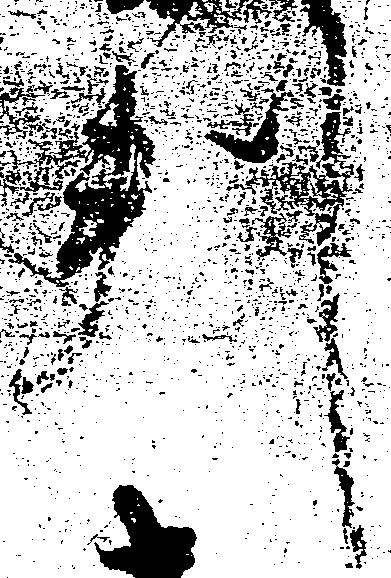
判